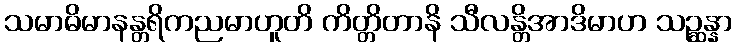
သမာဓိမာနန္တရိကညမာဟူတိ ကိတ္တိတာနိ သီလန္တိအာဒိမာဟ သဉ္ဆန္နာ